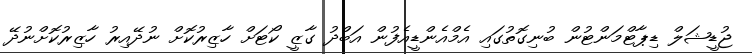
ޖުޑީޝަލް ޑިޕާޓްމަންޓުން ބުނިގޮތުގައި އެމްއެންޑީއެފުން އަބްދު ގާޒީ ކޯޓަށް ހާޒިރުކޮށް ނުދޭއިރު ހާޒިރުކޮށްނުދޭ